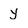
Character: y